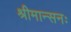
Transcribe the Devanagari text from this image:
श्रीमान्सनः